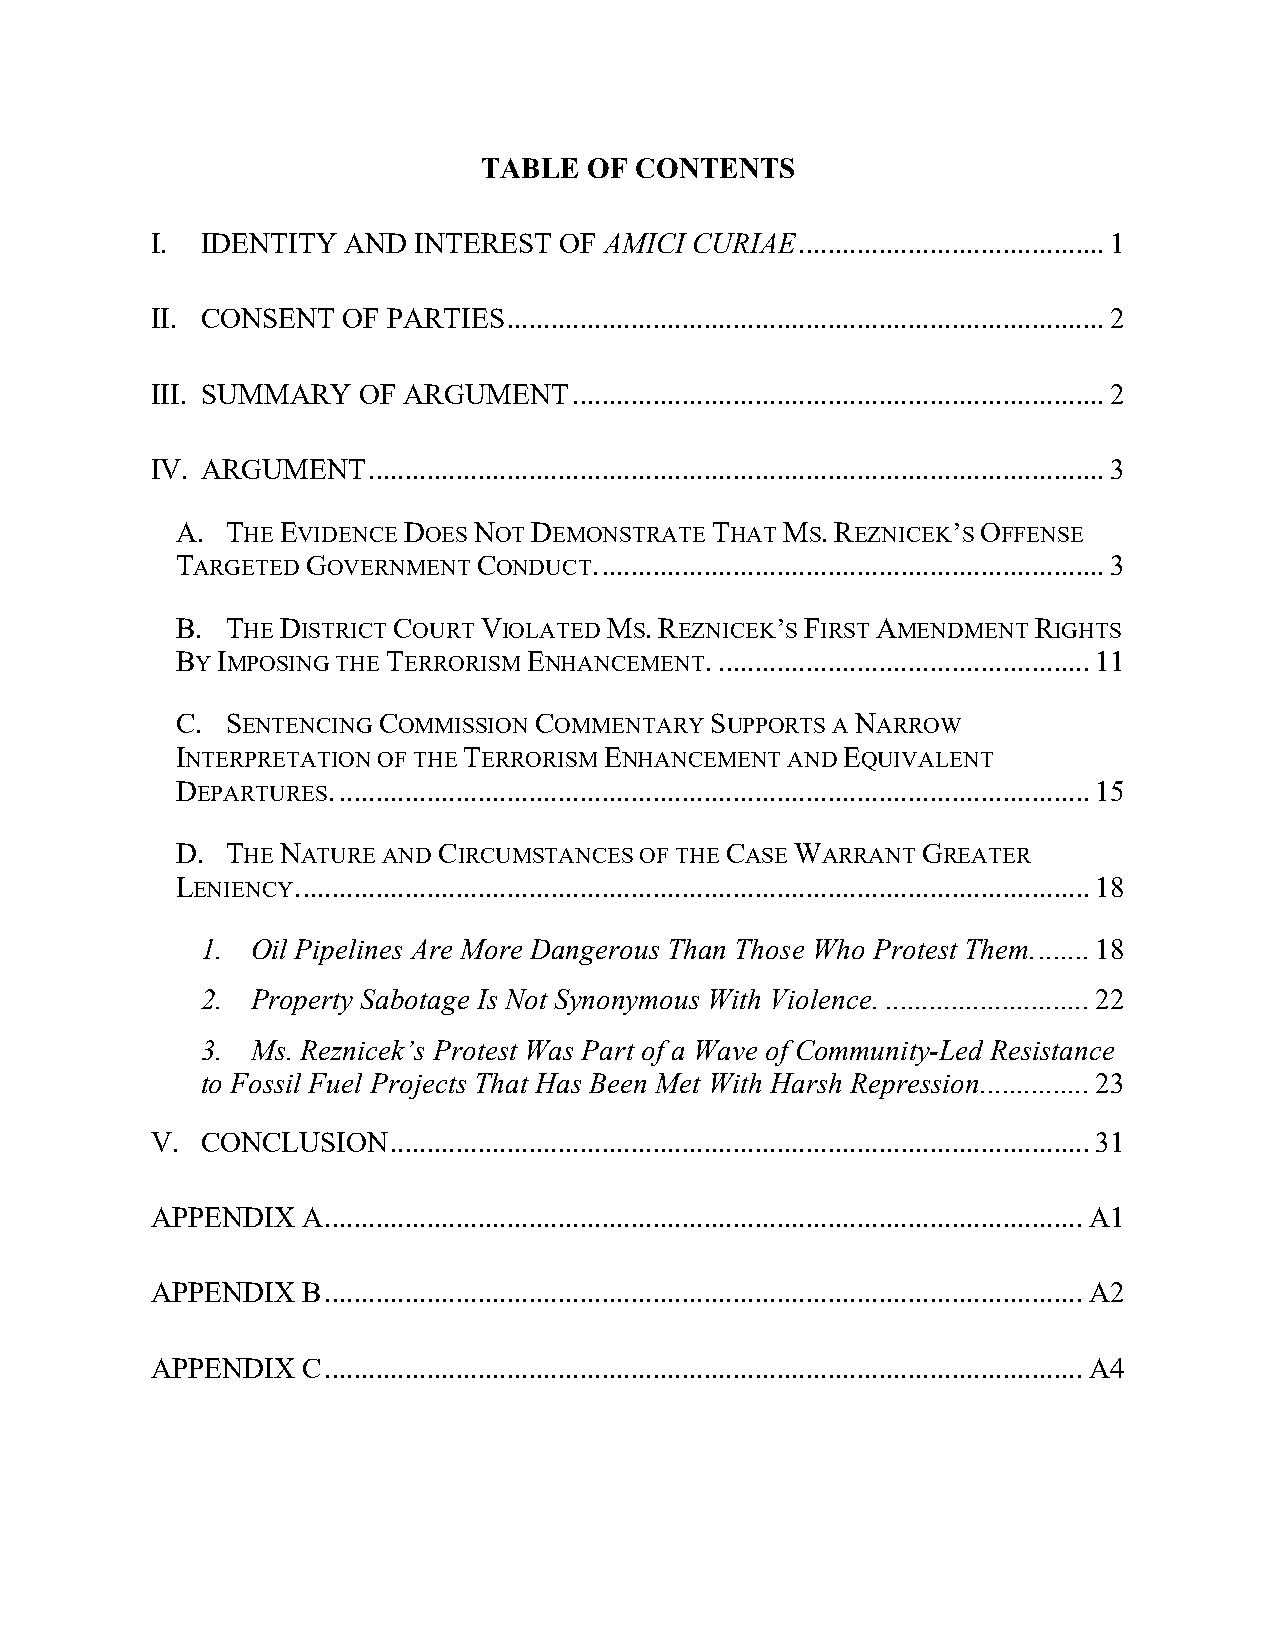
TABLE  OF CONTENTS
 I. IDENTITY  AND INTEREST  OF AMICI CURIAE .......................................... 1
 II. CONSENT  OF PARTIES .................................................................................. 2
 III. SUMMARY  OF ARGUMENT   ......................................................................... 2
 IV. ARGUMENT  ..................................................................................................... 3
 A. THE EVIDENCE DOES NOT DEMONSTRATE THAT MS. REZNICEK’S OFFENSE
 TARGETED GOVERNMENT CONDUCT. ..................................................................... 3
 B. THE DISTRICT COURT VIOLATED MS. REZNICEK’S FIRST AMENDMENT RIGHTS
 BY IMPOSING THE TERRORISM ENHANCEMENT. ................................................... 11
 C. SENTENCING COMMISSION COMMENTARY SUPPORTS A NARROW
 INTERPRETATION OF THE TERRORISM ENHANCEMENT AND EQUIVALENT
 DEPARTURES. ....................................................................................................... 15
 D. THE NATURE AND CIRCUMSTANCES OF THE CASE WARRANT GREATER
 LENIENCY. ............................................................................................................ 18
 1.  Oil Pipelines Are More Dangerous Than Those Who Protest Them. ....... 18
 2.  Property Sabotage Is Not Synonymous With Violence. ............................ 22
 3.  Ms. Reznicek’s Protest Was Part of a Wave of Community-Led Resistance
 to Fossil Fuel Projects That Has Been Met With Harsh Repression. .............. 23
 V. CONCLUSION   ................................................................................................ 31
 APPENDIX  A ........................................................................................................ A1
 APPENDIX  B ........................................................................................................ A2
 APPENDIX  C ........................................................................................................ A4